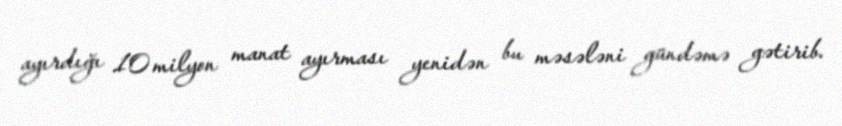
ayırdığı 10 milyon manat ayırması yenidən bu məsələni gündəmə gətirib.